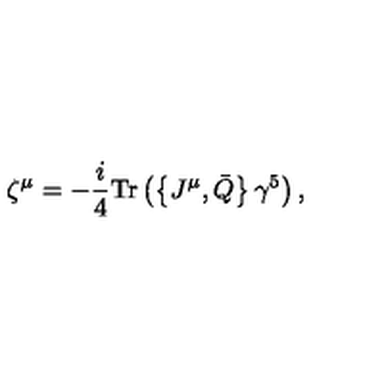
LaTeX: \zeta ^ { \mu } = - \frac { i } { 4 } \mathrm { T r } \left( \left\{ J ^ { \mu } , \bar { Q } \right\} \gamma ^ { 5 } \right) ,